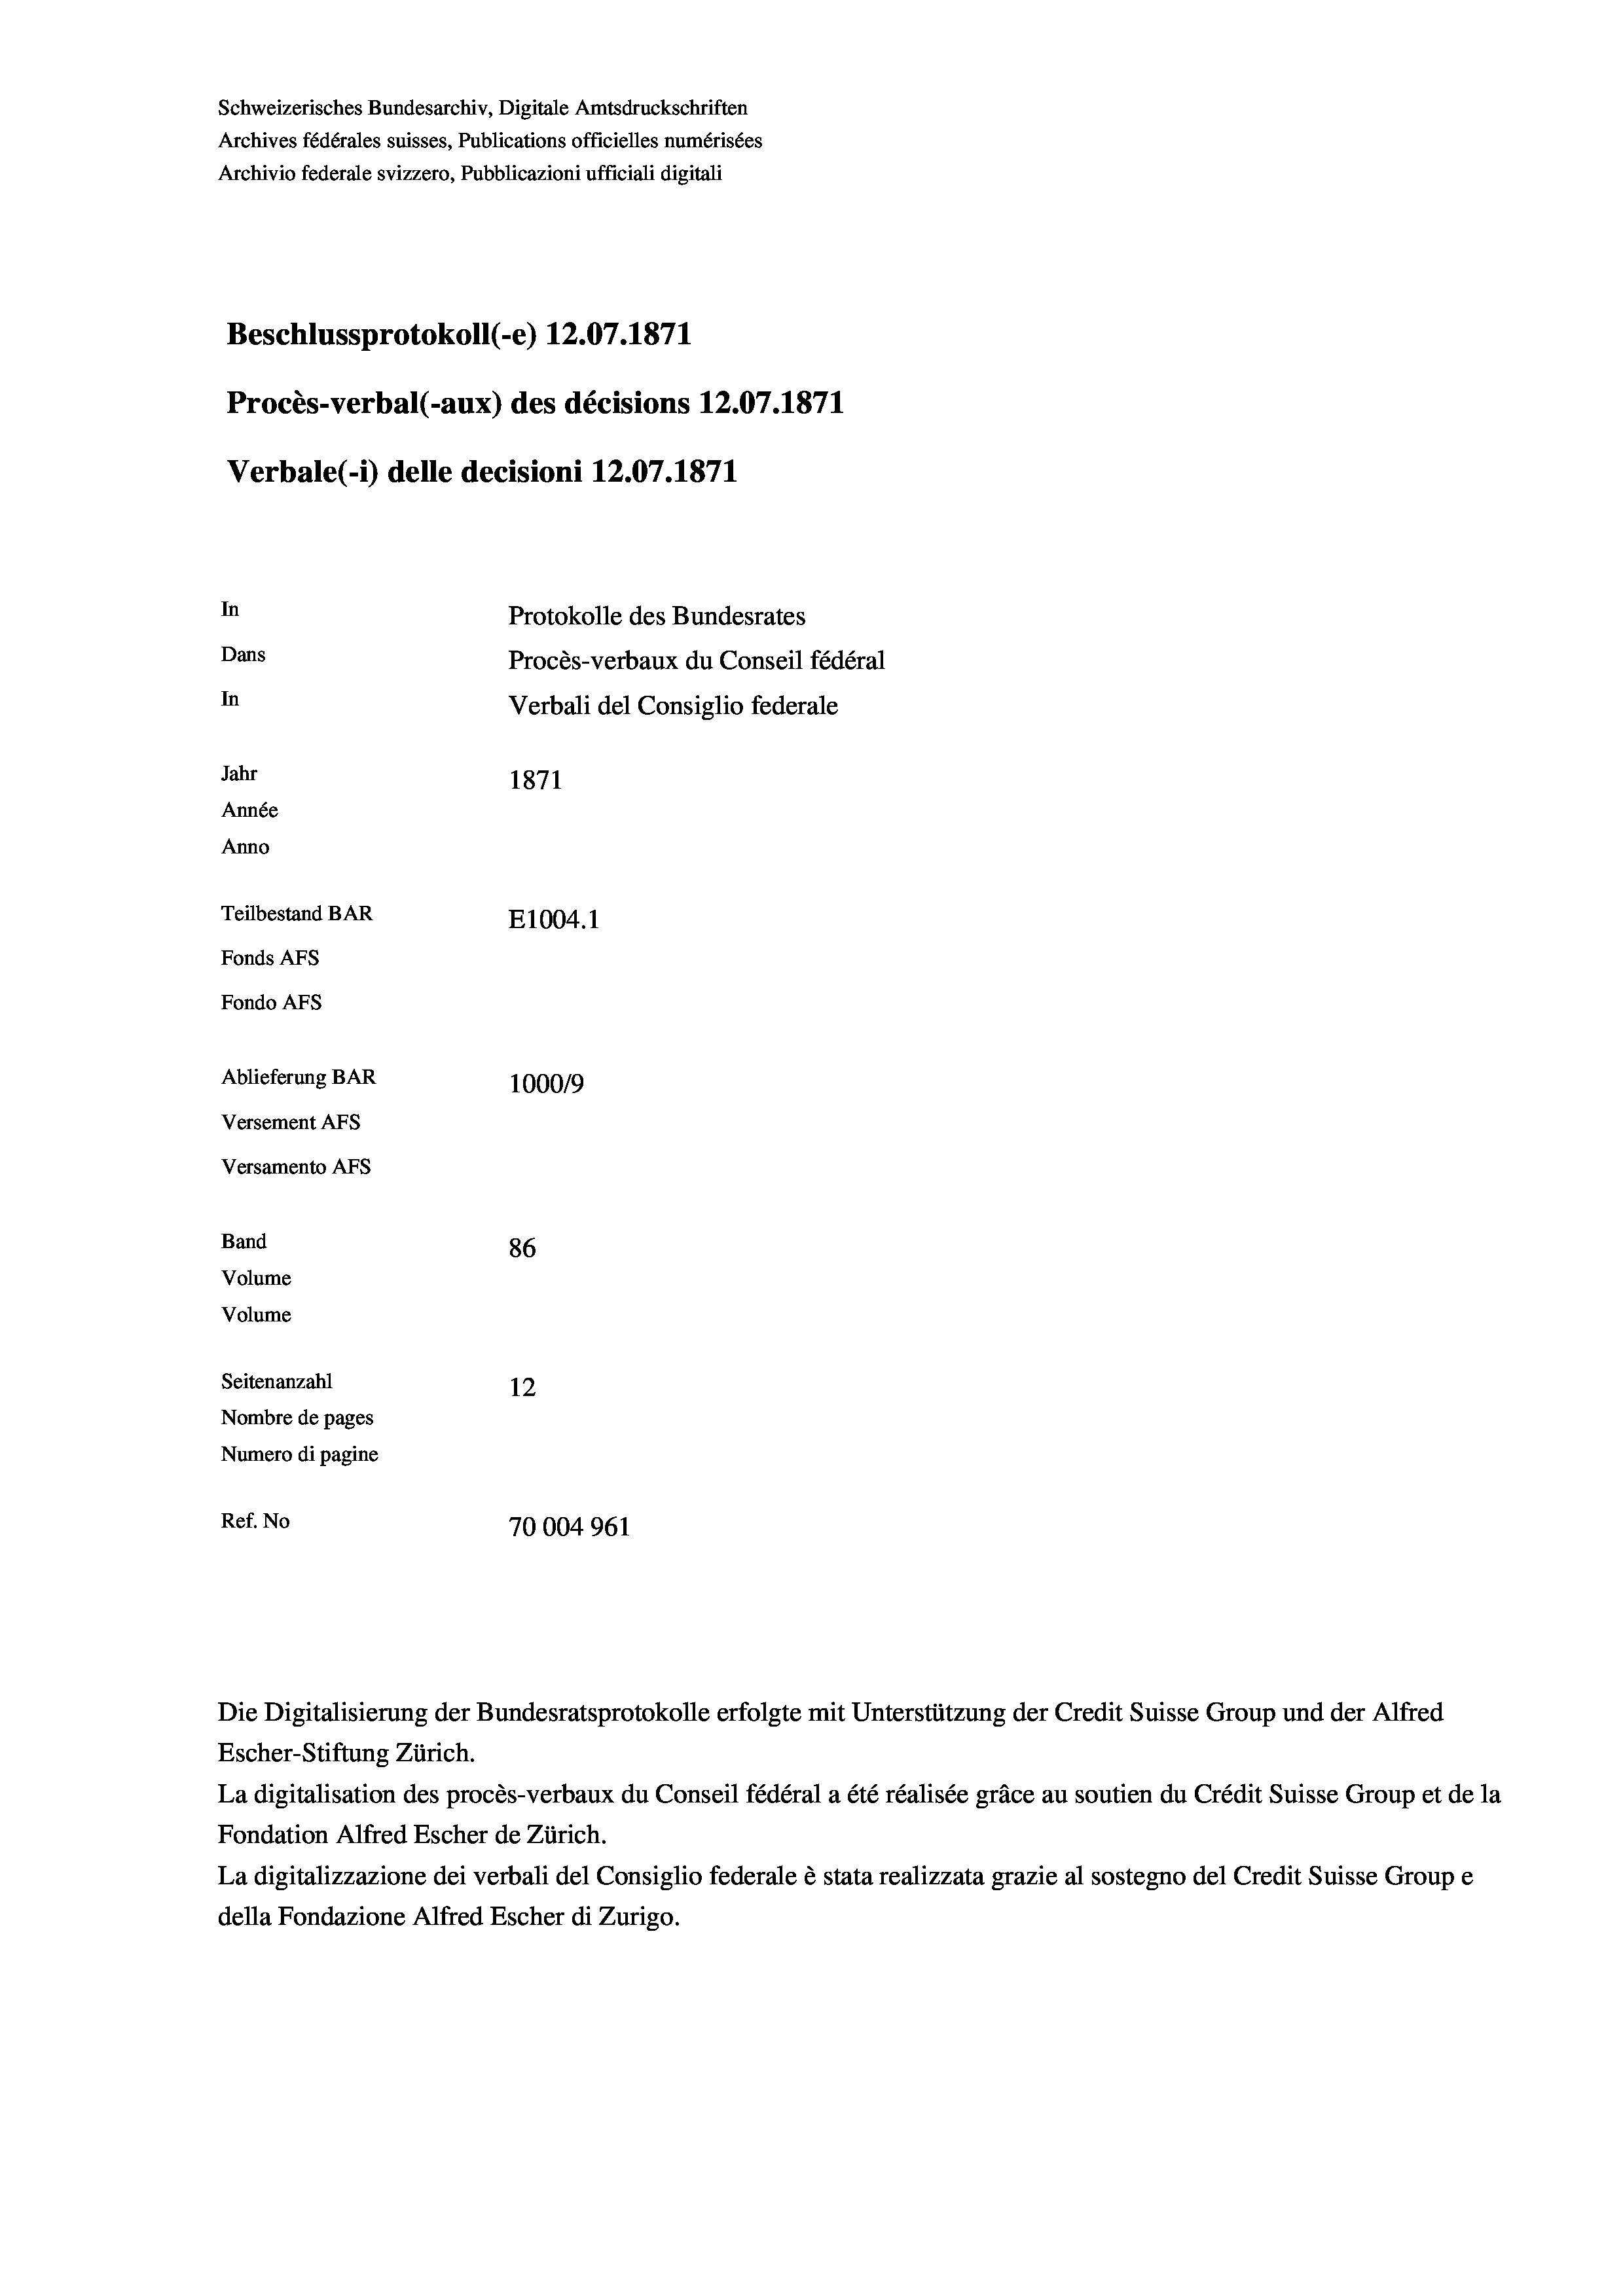
Schweizerisches Bundesarchiv, Digitale Amtsdruckschriften
Archives fédérales suisses, Publications officielles numérisées
Archivio federale svizzero, Pubblicazioni ufficiali digitali
Beschlussprotokoll (-e) 12.07.1871
Procès-verbal (-aux) des décisions 12.07.1871
Verbale (1) delle decisioni 12.07. 1871
In
Protokolle des Bundesrates
Dans
Procès-verbaux du Conseil fédéral
In
Verbali del Consiglio federale
Jahr
1871
Année
Anno
Teilbestand BAR
E1004. 1
Fonds AFs
Fondo AFs
Ablieferung BAR
100019
Versement AFS
Versamento Afs
Band
86
Volume
Volume

Seitenanzahl
Nombre de pages
Numero di pagine
Ref. No

12
70004961

Die Digitalisierung der Bundesratsprotokolle erfolgte mit Unterstützung der Credit Suisse Group und der Alfred
Escher-Stiftung Zürich.
La digitalisation des procès-verbaux du Conseil fédéral a été réalisée gräce au soutien du Crédit Suisse Group et de la
Fondation Alfred Escher de Zürich.
La digitalizzazione dei verbali del Consiglio federale è stata realizzata grazie al sostegno del Credit Suisse Groupe
della Fondazione Alfred Escher di Zurigo.